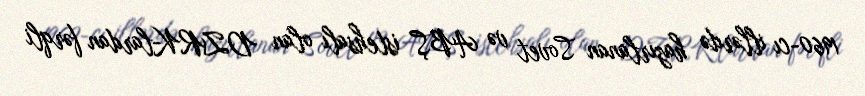
1960-cı illərdə hazırlanan Sovet və ABŞ istehsalı olan DZRK-lardan fərqli